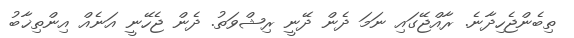
ތިބެންޖެހިދާނެ. ރާއްޖޭގައި ނަމަ ދެން ދޭނީ ރިޝްވަތު. ދެން ޖެހޭނީ އަނެއް އިިންތިޚާބު